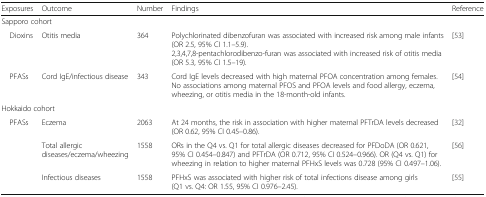
<table><thead><tr><td><b>Exposures</b></td><td><b>Outcome</b></td><td><b>Number</b></td><td><b>Findings</b></td><td><b>Reference</b></td></tr></thead><tbody><tr><td colspan="5">Sapporo cohort</td></tr><tr><td> Dioxins</td><td>Otitis media</td><td>364</td><td>Polychlorinated dibenzofuran was associated with increased risk among male infants (OR 2.5, 95% CI 1.1–5.9).2,3,4,7,8-pentachlorodibenzo-furan was associated with increased risk of otitis media (OR 5.3, 95% CI 1.5–19).</td><td>[53]</td></tr><tr><td> PFASs</td><td>Cord IgE/infectious disease</td><td>343</td><td>Cord IgE levels decreased with high maternal PFOA concentration among females.No associations among maternal PFOS and PFOA levels and food allergy, eczema, wheezing, or otitis media in the 18-month-old infants.</td><td>[54]</td></tr><tr><td colspan="5">Hokkaido cohort</td></tr><tr><td> PFASs</td><td>Eczema</td><td>2063</td><td>At 24 months, the risk in association with higher maternal PFTrDA levels decreased (OR 0.62, 95% CI 0.45–0.86).</td><td>[32]</td></tr><tr><td></td><td>Total allergic diseases/eczema/wheezing</td><td>1558</td><td>ORs in the Q4 vs. Q1 for total allergic diseases decreased for PFDoDA (OR 0.621, 95% CI 0.454–0.847) and PFTrDA (OR 0.712, 95% CI 0.524–0.966). OR (Q4 vs. Q1) for wheezing in relation to higher maternal PFHxS levels was 0.728 (95% CI 0.497–1.06).</td><td>[56]</td></tr><tr><td></td><td>Infectious diseases</td><td>1558</td><td>PFHxS was associated with higher risk of total infections disease among girls (Q1 vs. Q4: OR 1.55, 95% CI 0.976–2.45).</td><td>[55]</td></tr></tbody></table>